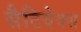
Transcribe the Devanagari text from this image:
सैटिवेक्स